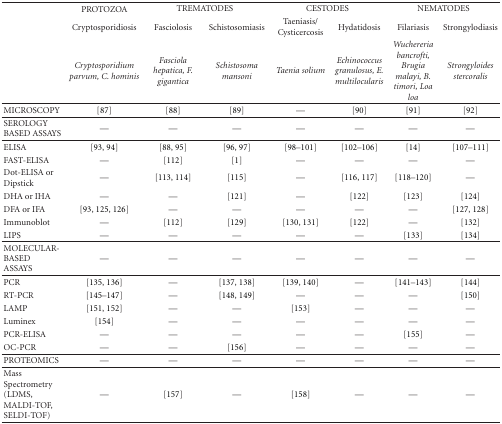
|  | PROTOZOA | <COLSPAN=2> TREMATODES | <COLSPAN=2> CESTODES | <COLSPAN=2> NEMATODES |
 |  | Cryptosporidiosis | Fasciolosis | Schistosomiasis | Taeniasis/ Cysticercosis | Hydatidosis | Filariasis | Strongylodiasis |
 |  | Cryptosporidium parvum, C. hominis | Fasciola hepatica, F. gigantica | Schistosoma mansoni | Taenia solium | Echinococcus granulosus, E. multilocularis | Wuchereria bancrofti, Brugia malayi, B. timori, Loa loa | Strongyloides stercoralis |
 | --- | --- | --- | --- | --- | --- | --- | --- |
 | MICROSCOPY | [87] | [88] | [89] | — | [90] | [91] | [92] |
 | SEROLOGY BASED ASSAYS | — | — | — | — | — | — | — |
 | ELISA | [93, 94] | [88, 95] | [96, 97] | [98–101] | [102–106] | [14] | [107–111] |
 | FAST-ELISA | — | [112] | [1] | — | — | — | — |
 | Dot-ELISA or Dipstick | — | [113, 114] | [115] | — | [116, 117] | [118–120] | — |
 | DHA or IHA | — | — | [121] | — | [122] | [123] | [124] |
 | DFA or IFA | [93, 125, 126] | — | — | — | — | — | [127, 128] |
 | Immunoblot | — | [112] | [129] | [130, 131] | [122] | — | [132] |
 | LIPS | — | — | — | — | — | [133] | [134] |
 | MOLECULAR-BASED ASSAYS | — | — | — | — | — | — | — |
 | PCR | [135, 136] | — | [137, 138] | [139, 140] | — | [141–143] | [144] |
 | RT-PCR | [145–147] | — | [148, 149] | — | — | — | [150] |
 | LAMP | [151, 152] | — | — | [153] | — | — | — |
 | Luminex | [154] | — | — | — | — | — | — |
 | PCR-ELISA | — | — | — | — | — | [155] | — |
 | OC-PCR | — | — | [156] | — | — | — | — |
 | PROTEOMICS | — | — | — | — | — | — | — |
 | Mass Spectrometry (LDMS, MALDI-TOF, SELDI-TOF) | — | [157] | — | [158] | — | — | — |